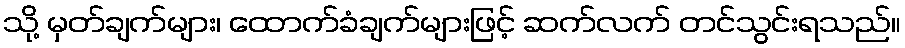
သို့ မှတ်ချက်များ၊ ထောက်ခံချက်များဖြင့် ဆက်လက် တင်သွင်းရသည်။